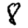
Digit: 8